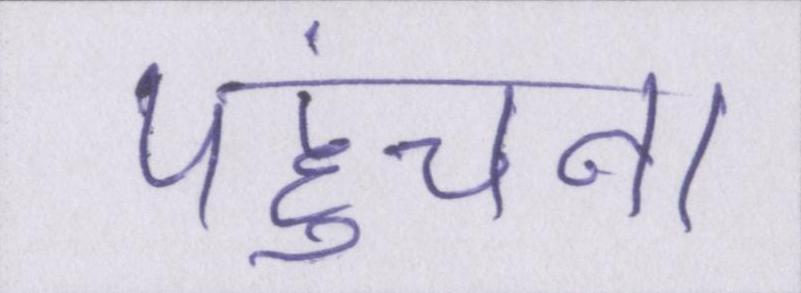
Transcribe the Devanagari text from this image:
पहुंचना